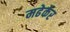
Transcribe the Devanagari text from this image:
मढेर्कर